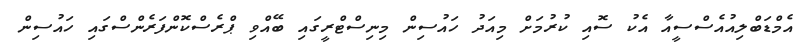
އެމްޑަބްލިއުއެސްސީއާ އެކު ސޮއި ކުރުމަށް މިއަދު ހައުސިން މިނިސްޓްރީގައި ބޭއްވި ޕްރެސްކޮންފަރެންސްގައި ހައުސިން